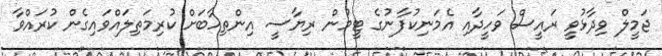
ޖަމީލް ވިދާޅުވީ ރައީސް ވަހީދާއި އެމަނިކުފާނުގެ ޓީމުން ރިޔާސީ އިންތިހާބަށް ކުރިމަތިލައްވައިގެން ކުރައްވާ